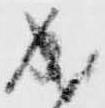
成